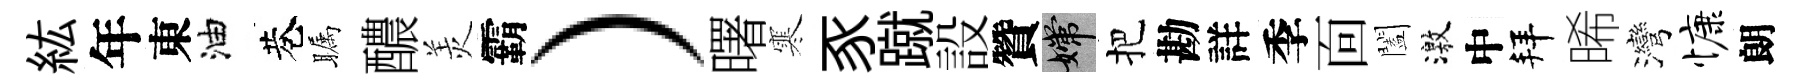
紘年東油巷瞩醲羙霸）曙寒豕蹴設贊嫦把勘詳季靣闔激中拜晞灣慷朗